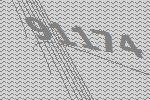
91174